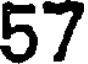
57